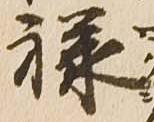
禄